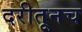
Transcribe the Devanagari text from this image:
दरीतूनच